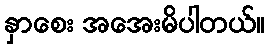
နှာစေး အအေးမိပါတယ်။